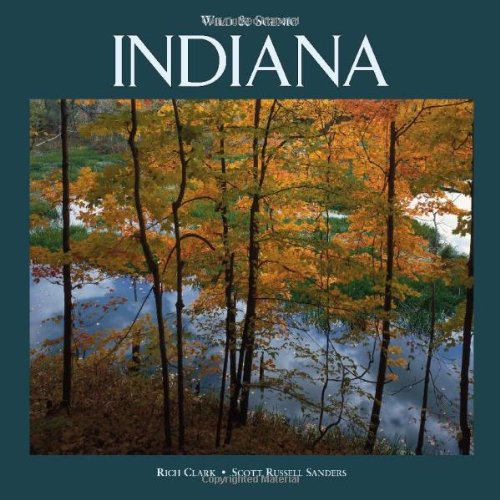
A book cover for Wild & Scenic Indiana (Wild & Scenic); Scott Russell Sanders; Travel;